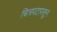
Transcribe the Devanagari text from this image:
चित्रपटापसून